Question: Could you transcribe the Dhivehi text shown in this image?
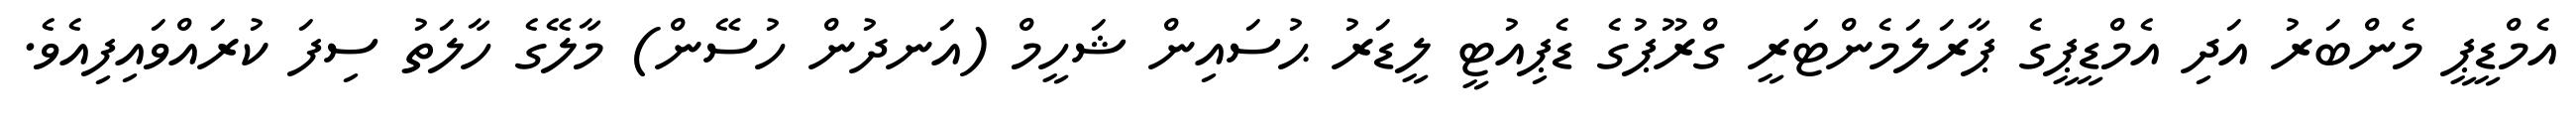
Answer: އެމްޑީޕީ މެންބަރު އަދި އެމްޑީޕީގެ ޕާރަލަމެންޓަރީ ގްރޫޕުގެ ޑެޕިއުޓީ ލީޑަރު ޙުސައިން ޝަހީމް (އަނދުން ހުސޭން) މާލޭގެ ހާލަތު ސިފަ ކުރައްވައިފިއެވެ.